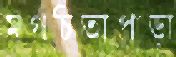
মগচিতাপাড়া